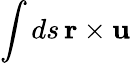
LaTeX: \int ds\, \mathbf{r}\times\mathbf{u}